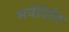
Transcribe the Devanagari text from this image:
भवेदिति